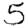
Digit: 5